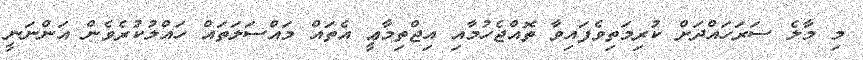
މި މާލެ ސަރަހައްދަށް ކުރިމަތިވެފައިވާ ތޮއްޖެހުމާއި އިޖްތިމާޢީ އެތައް މައްސަލަތައް ހައްލުކުރެވެން އަންނަނީ